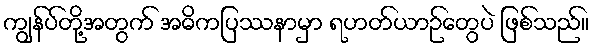
ကျွန်ပ်တို့အတွက် အဓိကပြဿနာမှာ ရဟတ်ယာဉ်တွေပဲ ဖြစ်သည်။